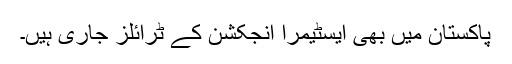
پاکستان میں بھی ایسٹیمرا انجکشن کے ٹرائلز جاری ہیں۔